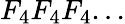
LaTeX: F_{4}F_{4}F_{4}...